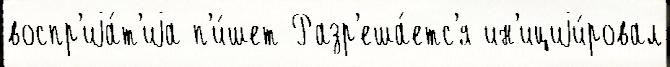
воспр'иjа́т'иjа п'и́шет Разр'еша́етс'я ин'ициjи́ровал